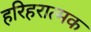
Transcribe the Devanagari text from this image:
हरिहरात्मक